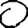
Digit: 0